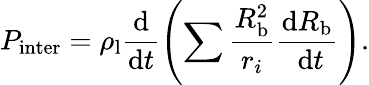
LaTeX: P_{\mathrm{inter}}=\rho_{\mathrm{l}}\frac{\mathrm{d}}{\mathrm{d}t}\left(\sum\frac{R_{\mathrm{b}}^{2}}{r_{i}}\frac{\mathrm{d}R_{\mathrm{b}}}{\mathrm{~d}t}\right).